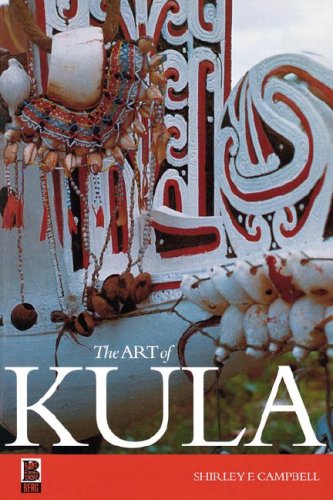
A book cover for The Art of Kula; Shirley F. Campbell; History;